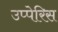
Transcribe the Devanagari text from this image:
उप्पेरिस